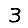
Digit: 3